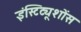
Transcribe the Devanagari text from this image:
इंस्टिट्यूशोंस